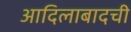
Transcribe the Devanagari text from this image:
आदिलाबादची